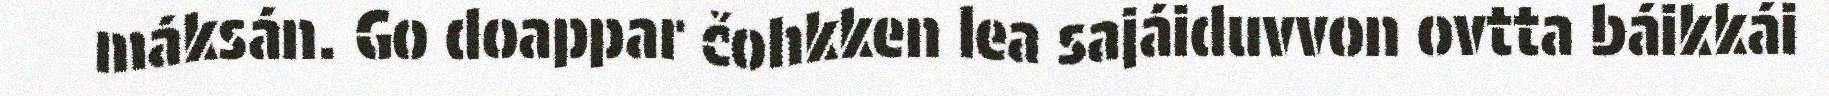
máksán. Go doappar čohkken lea sajáiduvvon ovtta báikkái